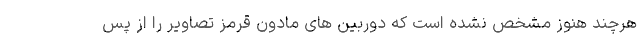
هرچند هنوز مشخص نشده است که دوربین های مادون قرمز تصاویر را از پس